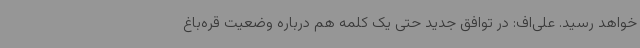
خواهد رسید. علی‌اف: در توافق جدید حتی یک کلمه هم درباره وضعیت قره‌باغ